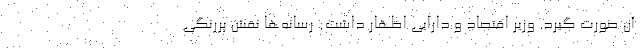
آن صورت گیرد. وزیر اقتصاد و دارایی اظهار داشت: رسانه‌ها نقش پررنگی